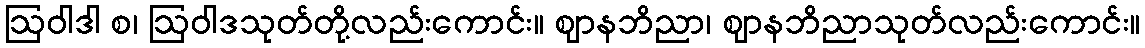
ဩဝါဒါ စ၊ ဩဝါဒသုတ်တို့လည်းကောင်း။ ဈာနဘိညာ၊ ဈာနဘိညာသုတ်လည်းကောင်း။